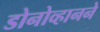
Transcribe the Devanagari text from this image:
डोनोव्हानने